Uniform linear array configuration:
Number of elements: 24
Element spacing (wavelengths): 0.75
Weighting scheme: hann
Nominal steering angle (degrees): -15
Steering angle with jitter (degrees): -13.578
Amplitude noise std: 0.05
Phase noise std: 0.05

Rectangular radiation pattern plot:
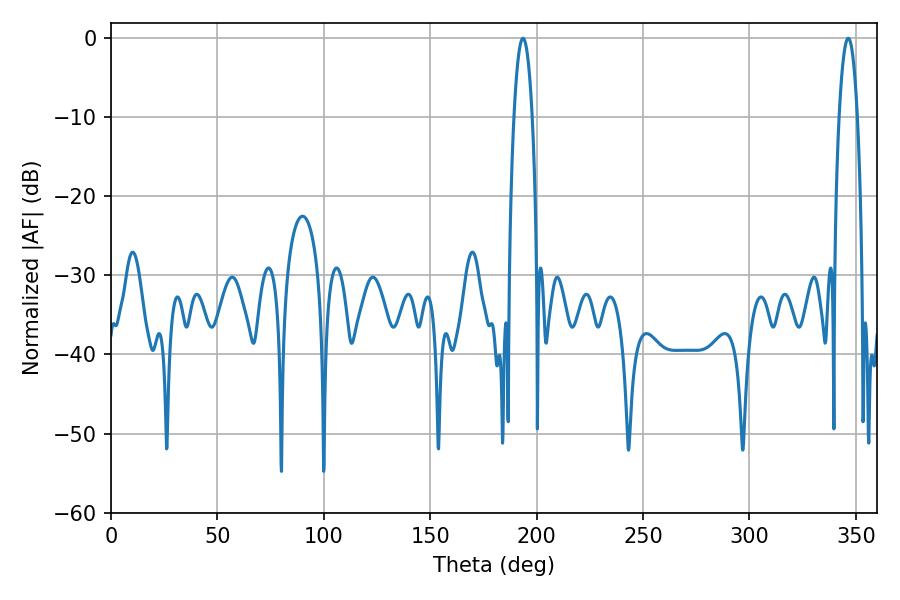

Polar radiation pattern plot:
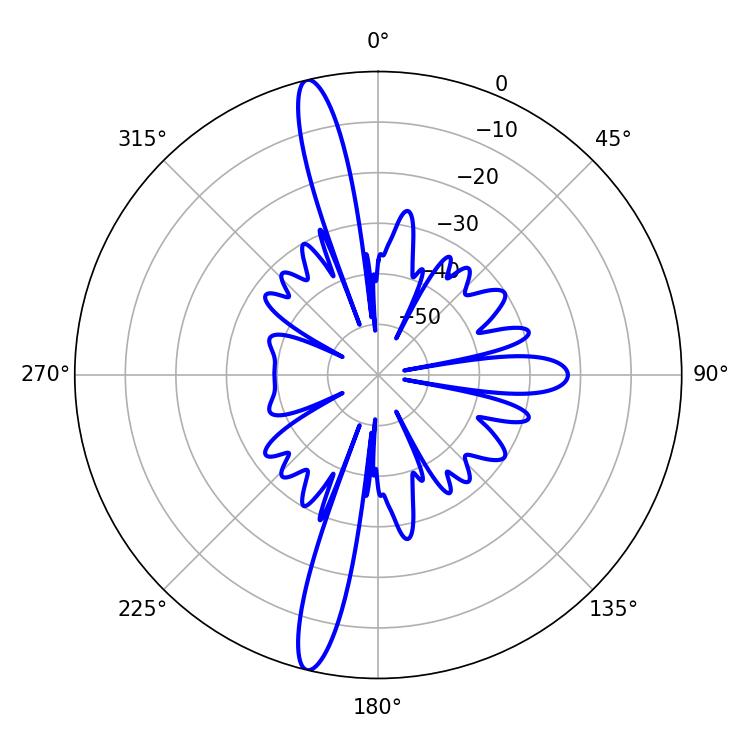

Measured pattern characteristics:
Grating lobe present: TRUE
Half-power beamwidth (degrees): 4.86
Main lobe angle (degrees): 193.5